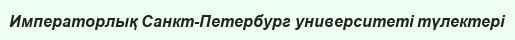
Императорлық Санкт-Петербург университеті түлектері